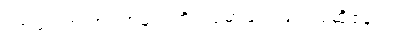
ကာမဂုဏ် အပြစ်များကို ဥပမာများဖြင့် ပြဆိုခန်း။